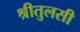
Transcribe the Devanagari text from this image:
श्रीतुलसी